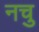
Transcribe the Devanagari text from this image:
नचु